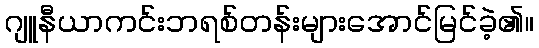
ဂျူနီယာကင်းဘရစ်တန်းများအောင်မြင်ခဲ့၏။